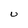
Character: U